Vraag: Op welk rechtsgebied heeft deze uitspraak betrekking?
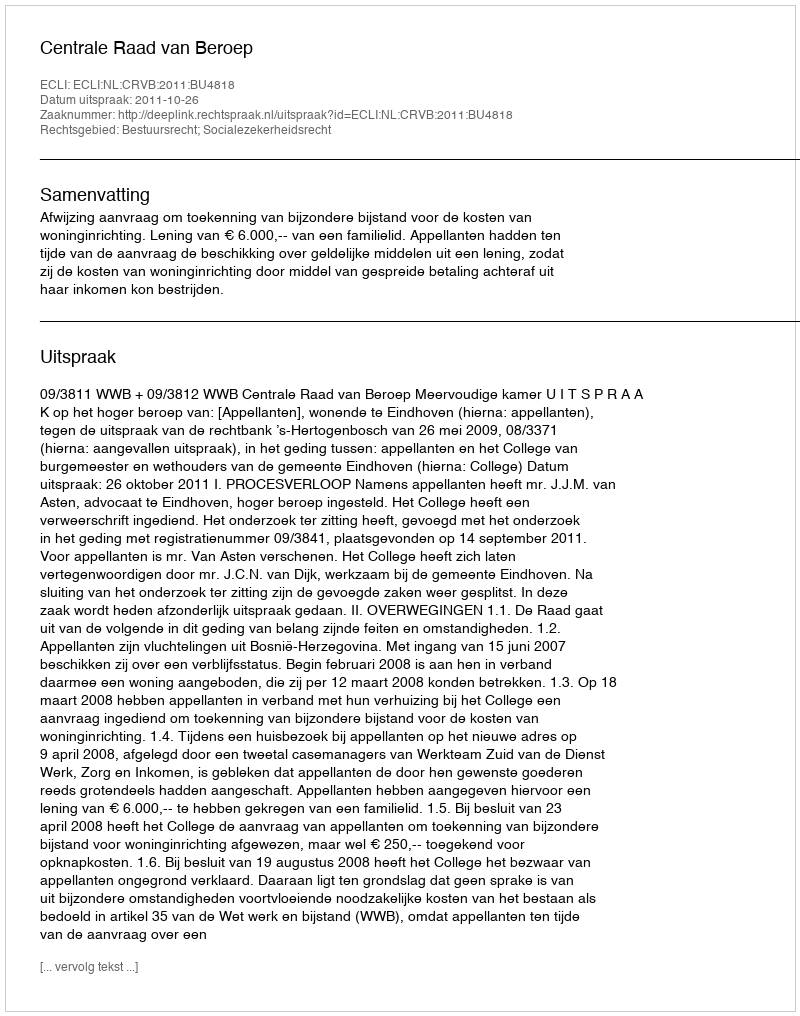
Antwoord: Bestuursrecht; Socialezekerheidsrecht